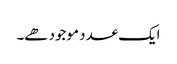
ایک عدد موجود ھے۔